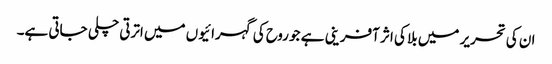
ان کی تحریر میں بلا کی اثر آفرینی ہے جو روح کی گہرائیوں میں اترتی چلی جاتی ہے۔